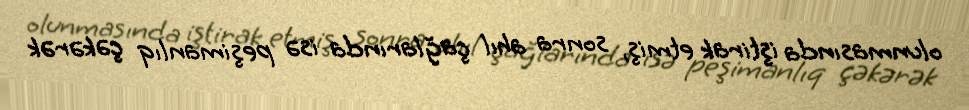
olunmasında iştirak etmiş, sonra ahıl çağlarında isə peşimanlıq çəkərək